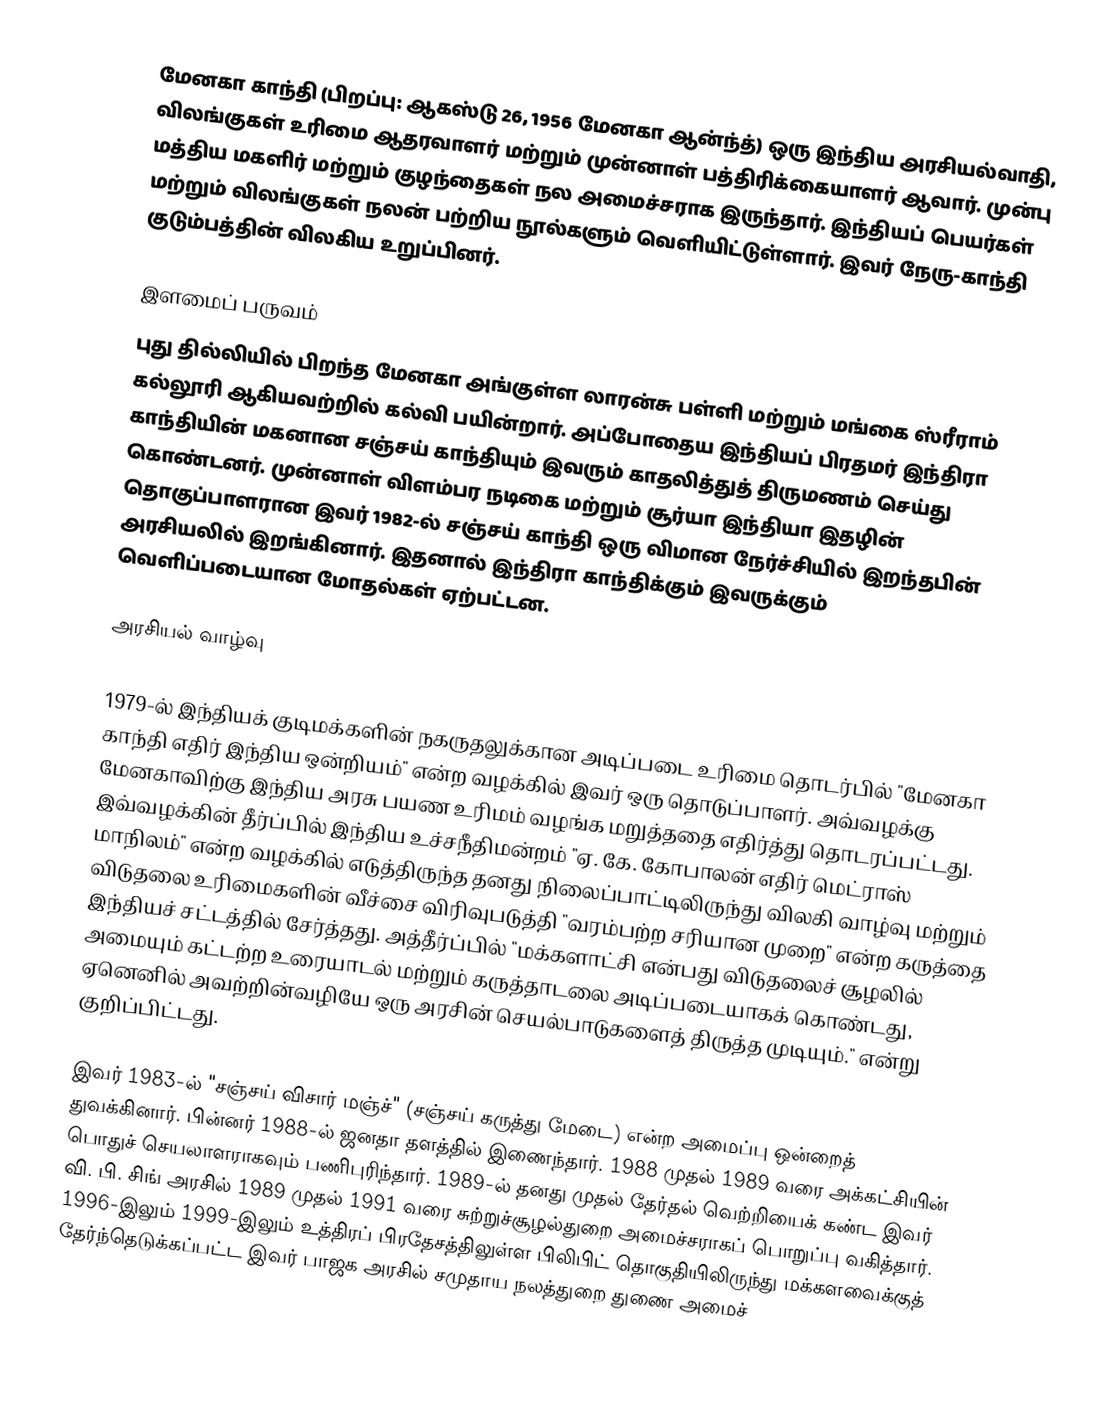
மேனகா காந்தி (பிறப்பு: ஆகஸ்டு 26, 1956 மேனகா ஆன்ந்த்) ஒரு இந்திய அரசியல்வாதி, விலங்குகள் உரிமை ஆதரவாளர் மற்றும் முன்னாள் பத்திரிக்கையாளர் ஆவார். முன்பு மத்திய மகளிர் மற்றும் குழந்தைகள் நல அமைச்சராக இருந்தார். இந்தியப் பெயர்கள் மற்றும் விலங்குகள் நலன் பற்றிய நூல்களும் வெளியிட்டுள்ளார். இவர் நேரு-காந்தி குடும்பத்தின் விலகிய உறுப்பினர்.

இளமைப் பருவம்
புது தில்லியில் பிறந்த மேனகா அங்குள்ள லாரன்சு பள்ளி மற்றும் மங்கை ஸ்ரீராம் கல்லூரி ஆகியவற்றில் கல்வி பயின்றார். அப்போதைய இந்தியப் பிரதமர் இந்திரா காந்தியின் மகனான சஞ்சய் காந்தியும் இவரும் காதலித்துத் திருமணம் செய்து கொண்டனர். முன்னாள் விளம்பர நடிகை மற்றும் சூர்யா இந்தியா இதழின் தொகுப்பாளரான இவர் 1982-ல் சஞ்சய் காந்தி ஒரு விமான நேர்ச்சியில் இறந்தபின் அரசியலில் இறங்கினார். இதனால் இந்திரா காந்திக்கும் இவருக்கும் வெளிப்படையான மோதல்கள் ஏற்பட்டன.

அரசியல் வாழ்வு

1979-ல் இந்தியக் குடிமக்களின் நகருதலுக்கான அடிப்படை உரிமை தொடர்பில் "மேனகா காந்தி எதிர் இந்திய ஒன்றியம்" என்ற வழக்கில் இவர் ஒரு தொடுப்பாளர். அவ்வழக்கு மேனகாவிற்கு இந்திய அரசு பயண உரிமம் வழங்க மறுத்ததை எதிர்த்து தொடரப்பட்டது. இவ்வழக்கின் தீர்ப்பில் இந்திய உச்சநீதிமன்றம் "ஏ. கே. கோபாலன் எதிர் மெட்ராஸ் மாநிலம்" என்ற வழக்கில் எடுத்திருந்த தனது நிலைப்பாட்டிலிருந்து விலகி வாழ்வு மற்றும் விடுதலை உரிமைகளின் வீச்சை விரிவுபடுத்தி "வரம்பற்ற சரியான முறை" என்ற கருத்தை இந்தியச் சட்டத்தில் சேர்த்தது. அத்தீர்ப்பில் "மக்களாட்சி என்பது விடுதலைச் சூழலில் அமையும் கட்டற்ற உரையாடல் மற்றும் கருத்தாடலை அடிப்படையாகக் கொண்டது, ஏனெனில் அவற்றின்வழியே ஒரு அரசின் செயல்பாடுகளைத் திருத்த முடியும்." என்று குறிப்பிட்டது.

இவர் 1983-ல் "சஞ்சய் விசார் மஞ்ச்" (சஞ்சய் கருத்து மேடை) என்ற அமைப்பு ஒன்றைத் துவக்கினார். பின்னர் 1988-ல் ஜனதா தளத்தில் இணைந்தார். 1988 முதல் 1989 வரை அக்கட்சியின் பொதுச் செயலாளராகவும் பணிபுரிந்தார். 1989-ல் தனது முதல் தேர்தல் வெற்றியைக் கண்ட இவர் வி. பி. சிங் அரசில் 1989 முதல் 1991 வரை சுற்றுச்சூழல்துறை அமைச்சராகப் பொறுப்பு வகித்தார். 1996-இலும் 1999-இலும் உத்திரப் பிரதேசத்திலுள்ள பிலிபிட் தொகுதியிலிருந்து மக்களவைக்குத் தேர்ந்தெடுக்கப்பட்ட இவர் பாஜக அரசில் சமுதாய நலத்துறை துணை அமைச்